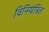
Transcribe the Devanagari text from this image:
विनियंत्रित